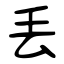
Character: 丢